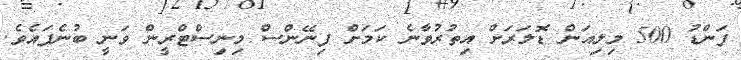
ފަންޑު 500 މިލިއަން ޑޮލަރަށް އިތުރުވާނެ ކަމަށް ފިނޭންސް މިނިސްޓްރީން ވަނީ ބުނެފައެވެ.